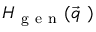
H _ { \mathrm { ~ g ~ e ~ n ~ } } ( \vec { q } \ )